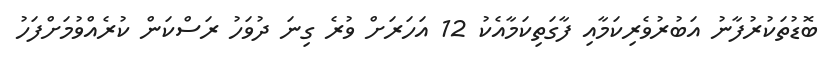
ބޮޑުތަކުރުފާނު އަބުރުވެރިކަމާއި ފާގަތިކަމާއެކު 12 އަހަރަށް ވުރެ ގިނަ ދުވަހު ރަސްކަން ކުރެއްވުމަށްފަހު